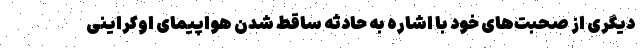
دیگری از صحبت‌های خود با اشاره به حادثه ساقط شدن هواپیمای اوکراینی